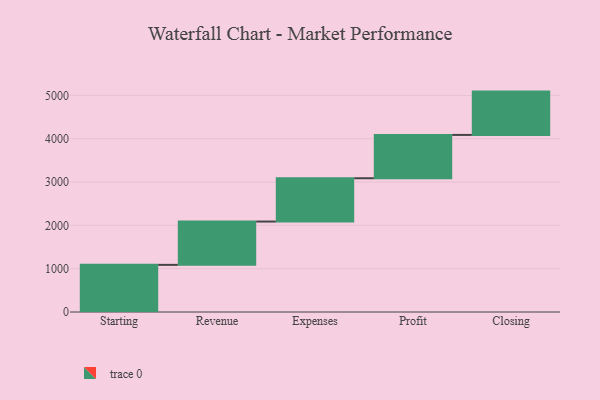
{"axis": {"x": "Step", "y": "Value"}, "legend": [""], "data": [{"x": "Starting", "y": 1088.0, "type": ""}, {"x": "Revenue", "y": 1000, "type": ""}, {"x": "Expenses", "y": 1000, "type": ""}, {"x": "Profit", "y": 1000, "type": ""}, {"x": "Closing", "y": 1000, "type": ""}]}